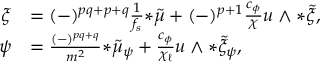
\begin{array} { r l } { \xi } & { = ( - ) ^ { p q + p + q } \frac { 1 } { f _ { s } } { * \tilde { \mu } } + ( - ) ^ { p + 1 } \frac { c _ { \phi } } { \chi } u \wedge { * \tilde { \xi } } , } \\ { \psi } & { = \frac { ( - ) ^ { p q + q } } { m ^ { 2 } } { * \tilde { \mu } _ { \psi } } + \frac { c _ { \phi } } { \chi _ { \ell } } u \wedge { * \tilde { \xi } _ { \psi } } , } \end{array}